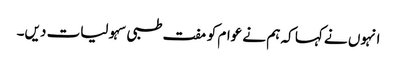
انہوں نے کہا کہ ہم نے عوام کو مفت طبی سہولیات دیں۔